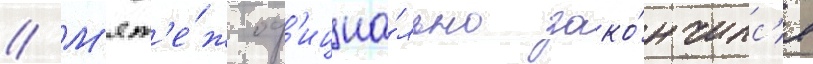
// М'ят'е́ж оф'ициа́льно зако́нчилс'я